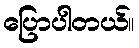
ပြောပါတယ်။